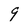
Character: 9